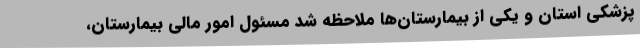
پزشکی استان و یکی از بیمارستان‌ها ملاحظه شد مسئول امور مالی بیمارستان،